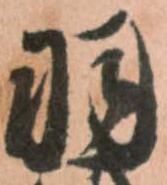
羽